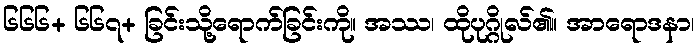
၆၆၆+ ၆၆၇+ ခြင်းသို့ရောက်ခြင်းကို။ အဿ၊ ထိုပုဂ္ဂိုလ်၏။ အာရောဒနာ၊